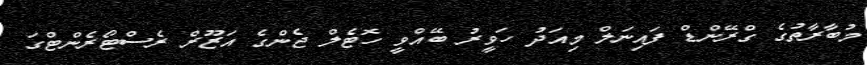
މުބާރާތުގެ ގްރޭންޑް ފައިނަލް މިއަދު ހަވީރު ބޭއްވީ ހޮޓެލް ޖެންގެ އަޒޫރް ރެސްޓޯރެންޓްގަ